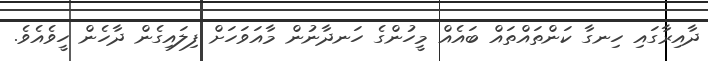
ދާއިރާގައި ހިނގާ ކަންތައްތައް ބައެއް މީހުންގެ ހަނދާނުން މާއަވަހަށް ފިލައިގެން ދާހެން ހީވެއެވެ.